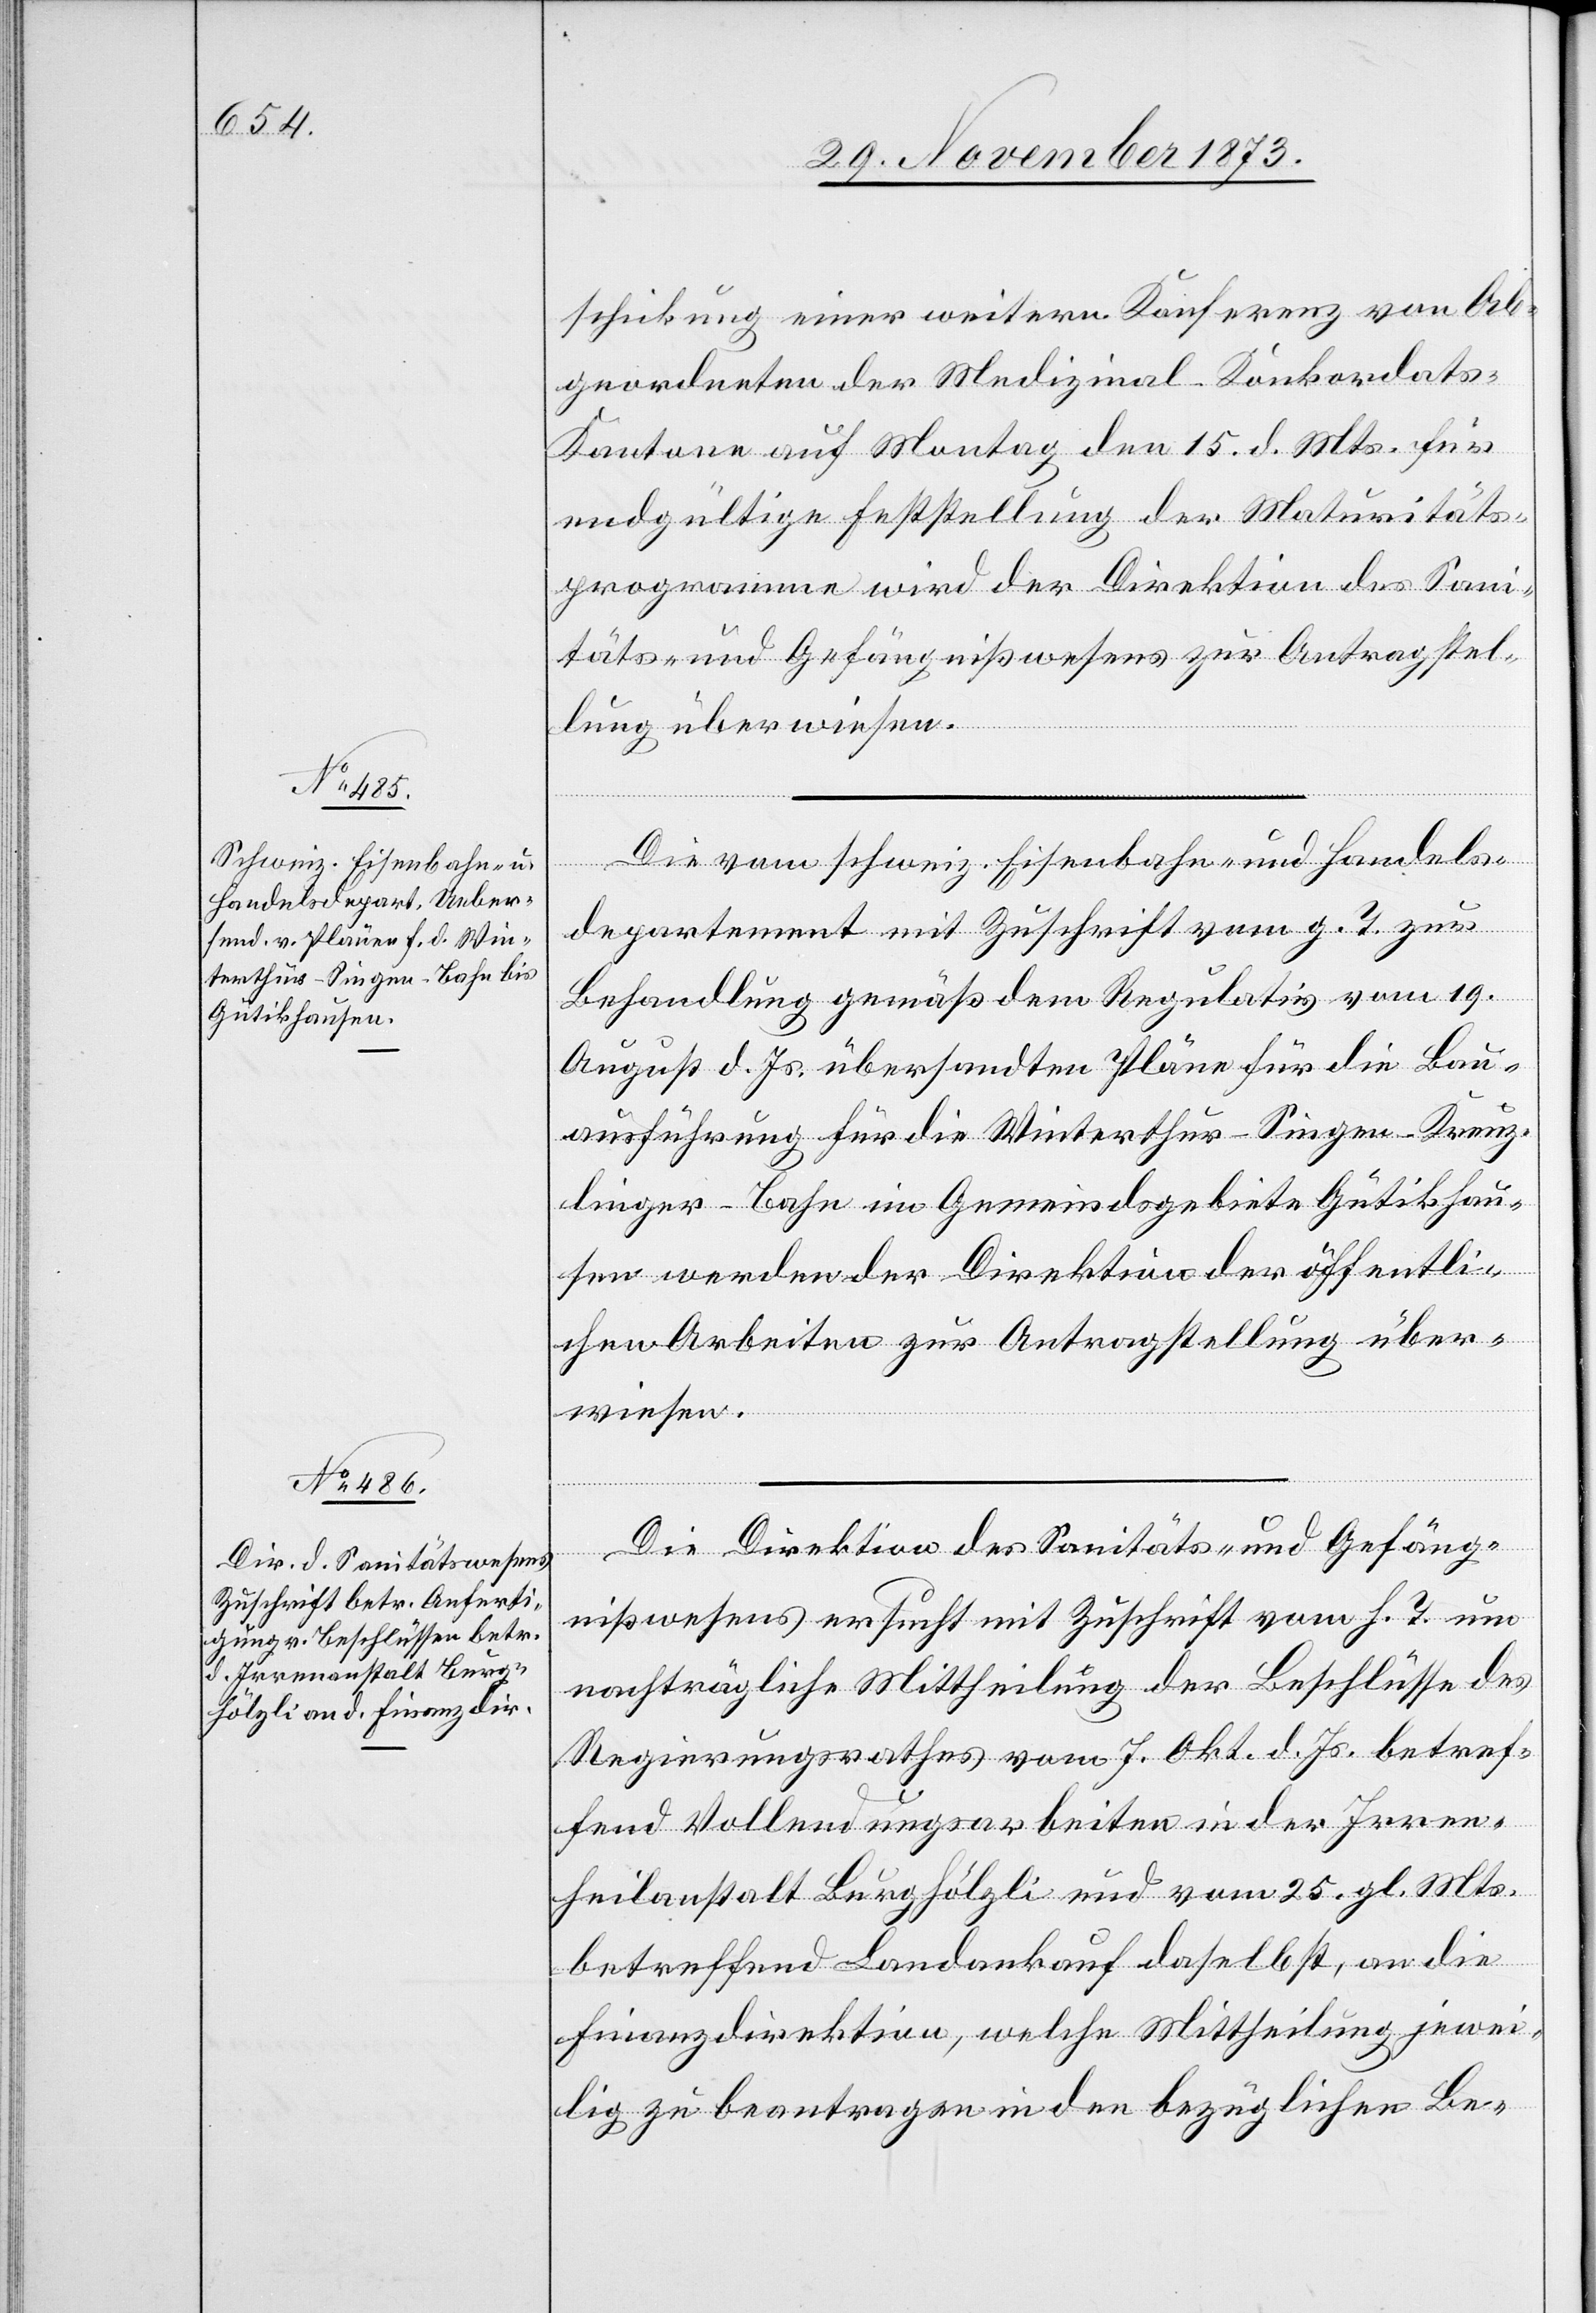
4. December 1873.]
schickung einer weitern Konferenz von Ab¬
geordneten der Medizinal-Konkordats-K¬
antone auf Montag den 15. d. Mts. für
endgültige Feststellung der Maturitäts¬
programme wird der Direktion des Sani¬
täts- und Gefängnißwesens zur Antragstel¬
lung überwiesen.
December
Die vom schweiz. Eisenbahn- und Handels¬
departement mit Zuschrift vom g. T. zur
Behandlung gemäß dem Regulativ vom 19.
August d. Js. übersandten Pläne für die Bau¬
ausführung für die Winterthur–Singen–Kreuz¬
linger-Bahn im Gemeindsgebiete Gütikhau¬
sen werden der Direktion der öffentli¬
chen Arbeiten zur Antragstellung über¬
wiesen.
Die Direktion des Sanitäts- und Gefäng¬
nißwesens ersucht mit Zuschrift vom h. T. um
nachträgliche Mittheilung der Beschlüsse des
Regierungsrathes vom 7. Okt. d. Js. betref¬
fend Vollendungsarbeiten in der Irren¬
heilanstalt Burghölzli und vom 25. gl. Mts.
betreffend Landankauf daselbst, an die
Finanzdirektion, welche Mittheilung jewei¬
lig zu beantragen in den bezüglichen Be-